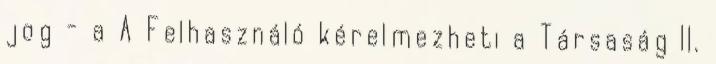
jog - a A Felhasználó kérelmezheti a Társaság II.